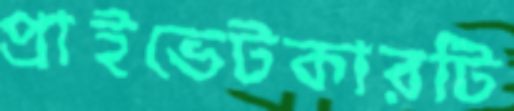
প্রাইভেটকারটি